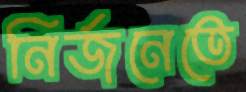
নির্জনেতে